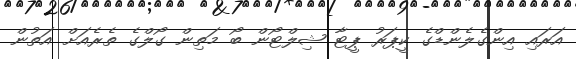
އަރައި އިންގެލެންޑްގެ ކީޕަރު ޕީޓާ ޝިލްޓޯން ބޯ މަތިން ގޯލްގެ ތެރެއަށް އަތުން